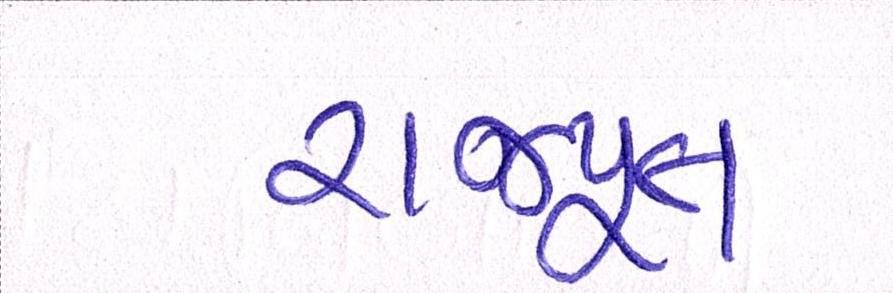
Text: રાજપૂત